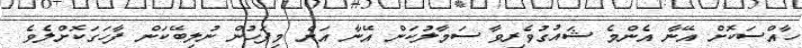
ހާއްސަކޮށް އޭނާ އެންމެ ޝައުގުވެރިވާ ސަމާލުކަން އޭނާ އަށް މިފަހުން ނުލިބޭކަން ފާހަގަކޮށްލެވެ